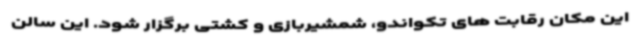
این مکان رقابت های تکواندو، شمشیربازی و کشتی برگزار شود. این سالن